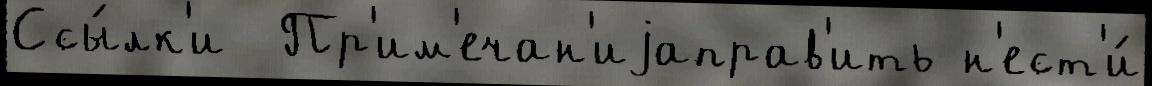
Ссы́лк'и  Пр'им'ечан'иjаправ'ить н'ест'и́